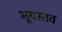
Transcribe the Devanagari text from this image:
भूयस्तव